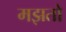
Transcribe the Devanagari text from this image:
मझतो